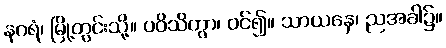
နဂရံ၊ မြို့တွင်းသို့။ ပဝိသိတွာ၊ ဝင်၍။ သာယနှေ၊ ညအခါ၌။